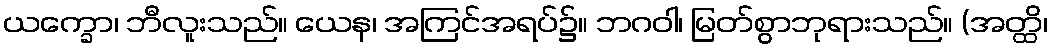
ယက္ခော၊ ဘီလူးသည်။ ယေန၊ အကြင်အရပ်၌။ ဘဂဝါ၊ မြတ်စွာဘုရားသည်။ (အတ္ထိ၊